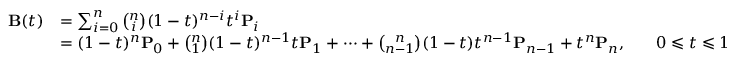
{ \begin{array} { r l r l } { \mathbf { B } ( t ) } & { = \sum _ { i = 0 } ^ { n } { \binom { n } { i } } ( 1 - t ) ^ { n - i } t ^ { i } \mathbf { P } _ { i } } \\ & { = ( 1 - t ) ^ { n } \mathbf { P } _ { 0 } + { \binom { n } { 1 } } ( 1 - t ) ^ { n - 1 } t \mathbf { P } _ { 1 } + \cdots + { \binom { n } { n - 1 } } ( 1 - t ) t ^ { n - 1 } \mathbf { P } _ { n - 1 } + t ^ { n } \mathbf { P } _ { n } , } & & { 0 \leqslant t \leqslant 1 } \end{array} }